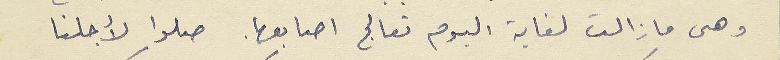
وهى ما زالت لغاية اليوم تعالج اصابعها. صلوا لأجلنا